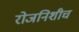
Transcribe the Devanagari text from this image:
रोजनिशीच